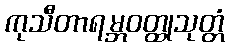
ကုသီတာရမ္ဘဝတ္ထုသုတ္တံ